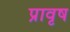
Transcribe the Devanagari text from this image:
प्रावृष